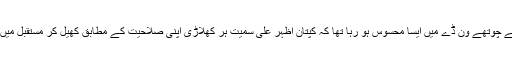
لیکن شاید وَن ڈے سیزیز ہارنے کی وجہ سے چوتھے وَن ڈے میں ایسا محسوس ہو رہا تھا کہ کپتان اظہر علی سمیت ہر کھلاڑی اپنی صلاحیت کے مطابق کھیل کر مستقبل میں ٹیم میں جگہ بنانے میں دلچسپی رکھتا ہے ۔